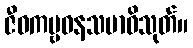
ဇီဝကမ္ဗဝနသမာဓိသုတ်။